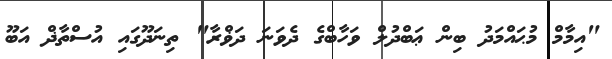
"އިމާމް މުޙައްމަދު ބިން ޢަބްދުލް ވަހާބްގެ ދެވަނަ ދަޥްރާ" ތިނަދޫގައި އުސްތާޛް އަބޫ